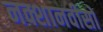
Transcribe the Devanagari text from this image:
नक्शानवीसों